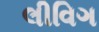
લીવિગ